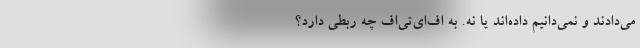
می‌دادند و نمی‌دانیم داده‌اند یا نه. به اف‌ای‌تی‌اف چه ربطی دارد؟